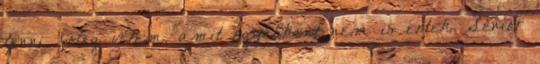
lenni, főleg velem, amit egyébként nem is értek. Senior